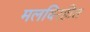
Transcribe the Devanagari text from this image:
मलविरहीत